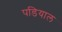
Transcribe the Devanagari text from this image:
पडियाल